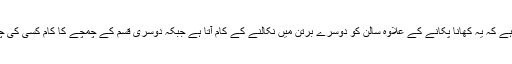
پہلی قسم کے چمچے کی خصوصیت یہ ہے کہ یہ کھانا پکانے کے علاوہ سالن کو دوسرے برتن میں نکالنے کے کام آتا ہے جبکہ دوسری قسم کے چمچے کا کام کسی کی چمچہ گیری کرکے مطلب نکالنا ہوتا ہے۔